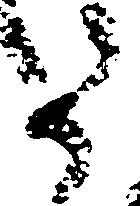
た